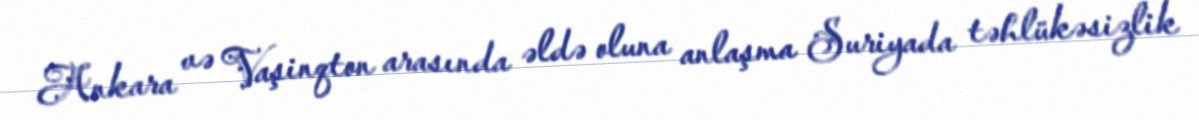
Ankara və Vaşinqton arasında əldə oluna anlaşma Suriyada təhlükəsizlik